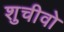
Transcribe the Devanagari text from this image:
शुचीवो